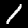
Digit: 1